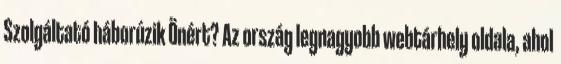
Szolgáltató háborúzik Önért? Az ország legnagyobb webtárhely oldala, ahol